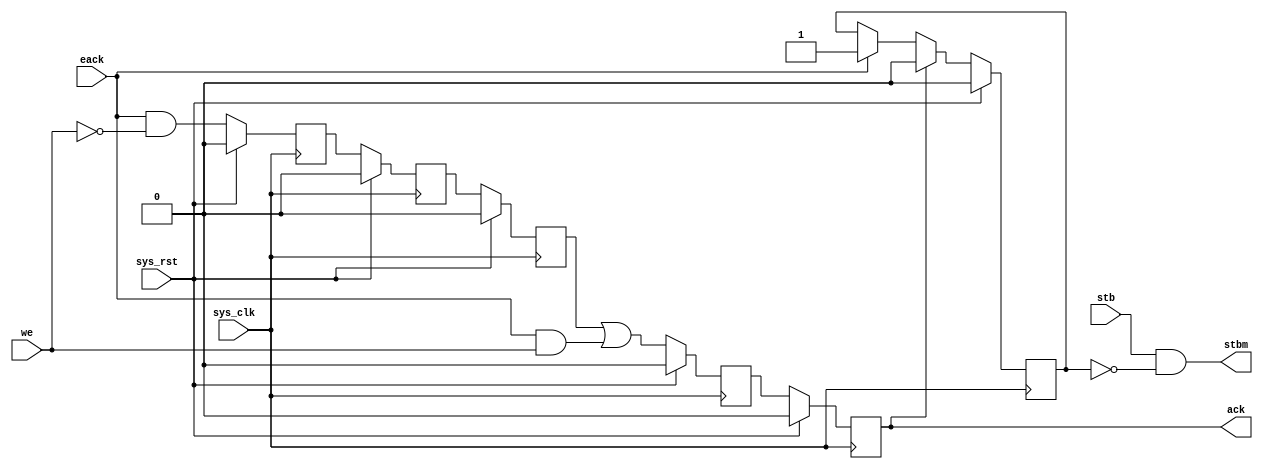
/*
 * Milkymist SoC
 * Copyright (C) 2007, 2008, 2009, 2010, 2011 Sebastien Bourdeauducq
 *
 * This program is free software: you can redistribute it and/or modify
 * it under the terms of the GNU General Public License as published by
 * the Free Software Foundation, version 3 of the License.
 *
 * This program is distributed in the hope that it will be useful,
 * but WITHOUT ANY WARRANTY; without even the implied warranty of
 * MERCHANTABILITY or FITNESS FOR A PARTICULAR PURPOSE.  See the
 * GNU General Public License for more details.
 *
 * You should have received a copy of the GNU General Public License
 * along with this program.  If not, see <http://www.gnu.org/licenses/>.
 */

/* 
 * Generate ack signal from early ack signal and mask strobe.
 * After an early acked write, it should pulse after 2 cycles.
 * After an early acked read, it should pulse after CL+3 cycles, that is
 * 5 cycles when tim_cas = 0 (assumed here)
 * 6 cycles when tim_cas = 1
 */

module fmlarb_dack(
	input sys_clk,
	input sys_rst,
	
	input stb,
	input eack,
	input we,

	output stbm,
	output reg ack
);

wire read = eack & ~we;
wire write = eack & we;

reg ack_read2;
reg ack_read1;
reg ack_read0;

always @(posedge sys_clk) begin
	if(sys_rst) begin
		ack_read2 <= 1'b0;
		ack_read1 <= 1'b0;
		ack_read0 <= 1'b0;
	end else begin
		ack_read2 <= read;
		ack_read1 <= ack_read2;
		ack_read0 <= ack_read1;
	end
end

reg ack0;
always @(posedge sys_clk) begin
	if(sys_rst) begin
		ack0 <= 1'b0;
		ack <= 1'b0;
	end else begin
		ack0 <= ack_read0|write;
		ack <= ack0;
	end
end

reg mask;
assign stbm = stb & ~mask;

always @(posedge sys_clk) begin
	if(sys_rst)
		mask <= 1'b0;
	else begin
		if(eack)
			mask <= 1'b1;
		if(ack)
			mask <= 1'b0;
	end
end

endmodule